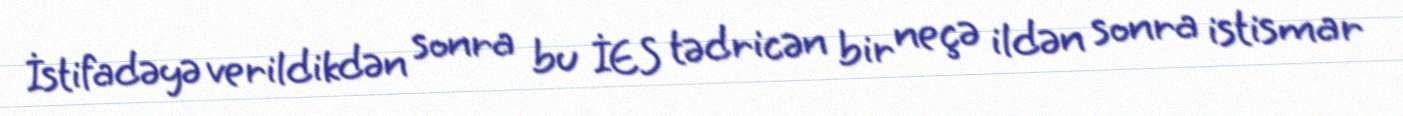
İstifadəyə verildikdən sonra bu İES tədricən bir neçə ildən sonra istismar